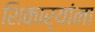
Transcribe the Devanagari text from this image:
शिकार्‍यांना